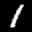
Label: 1